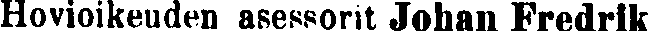
Hovioikeuden asessorit Johan Fredrik